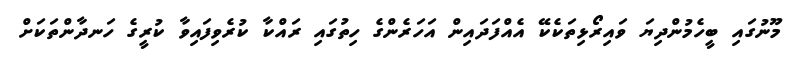
މޫނުގައި ބީހެމުންދިޔަ ވައިރޯޅިތަކެކޭ އެއްފަދައިން އަހަރެންގެ ހިތުގައި ރައްކާ ކުރެވިފައިވާ ކުރީގެ ހަނދާންތަކަށް